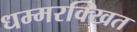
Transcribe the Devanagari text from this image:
धम्मरक्खित